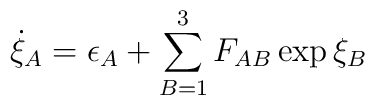
\dot{\xi}_{A} = \epsilon_{A} + \sum_{B=1}^{3} F_{AB} \exp \xi_{B}